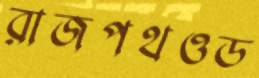
রাজপথওড